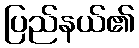
ပြည်နယ်၏